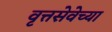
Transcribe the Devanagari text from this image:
वृत्तसेवेच्या